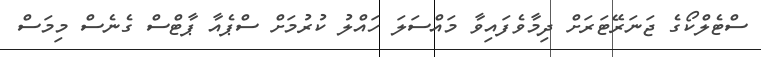
ސްޓެލްކޯގެ ޖަނަރޭޓަރަށް ދިމާވެފައިވާ މައްސަލަ ހައްލު ކުރުމަށް ސްޕެއާ ޕާޓްސް ގެނެސް މިމަސް